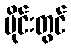
ပိုင်းတွင်